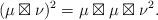
LaTeX: \begin{align*}(\mu\boxtimes\nu)^2=\mu\boxtimes\mu\boxtimes\nu^2. \end{align*}